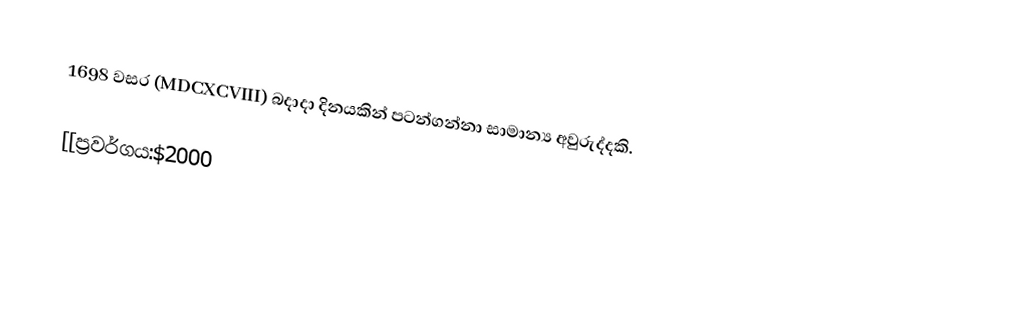
1698 වසර (MDCXCVIII) බදාදා දිනයකින් පටන්ගන්නා සාමාන්‍ය අවුරුද්දකි.

[[ප්‍රවර්ගය:$2000